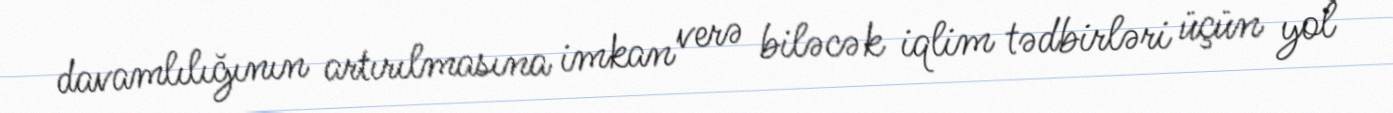
davamlılığının artırılmasına imkan verə biləcək iqlim tədbirləri üçün yol